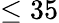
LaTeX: \leq 35